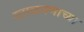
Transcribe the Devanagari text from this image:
रटाळपणाच्या